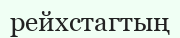
рейхстагтың